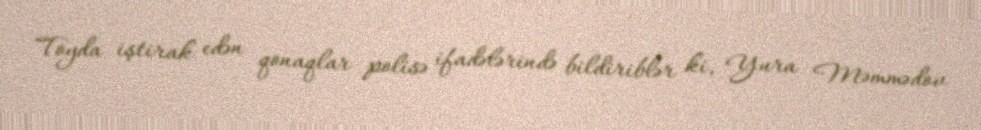
Toyda iştirak edən qonaqlar polisə ifadələrində bildiriblər ki, Yura Məmmədov